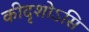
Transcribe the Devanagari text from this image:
कीदृशोऽसि